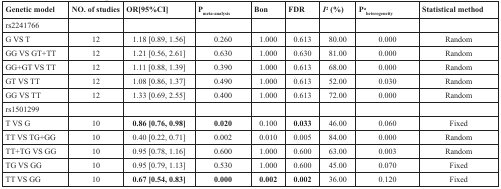
| Genetic model | NO. of studies | OR[95%CI] | Pmeta-analysis | Bon | FDR | I2 (%) | Paheterogeneity | Statistical method |
 | --- | --- | --- | --- | --- | --- | --- | --- | --- |
 | rs2241766 |  |  |  |  |  |  |  |  |
 | G VS T | 12 | 1.18 [0.89, 1.56] | 0.260 | 1.000 | 0.613 | 80.00 | 0.000 | Random |
 | GG VS GT+TT | 12 | 1.21 [0.56, 2.61] | 0.630 | 1.000 | 0.630 | 81.00 | 0.000 | Random |
 | GG+GT VS TT | 12 | 1.11 [0.88, 1.39] | 0.390 | 1.000 | 0.613 | 68.00 | 0.000 | Random |
 | GT VS TT | 12 | 1.08 [0.86, 1.37] | 0.490 | 1.000 | 0.613 | 52.00 | 0.030 | Random |
 | GG VS TT | 12 | 1.33 [0.69, 2.55] | 0.400 | 1.000 | 0.613 | 72.00 | 0.000 | Random |
 | rs1501299 |  |  |  |  |  |  |  |  |
 | T VS G | 10 | 0.86 [0.76, 0.98] | 0.020 | 0.100 | 0.033 | 46.00 | 0.060 | Fixed |
 | TT VS TG+GG | 10 | 0.40 [0.22, 0.71] | 0.002 | 0.010 | 0.005 | 84.00 | 0.000 | Random |
 | TT+TG VS GG | 10 | 0.95 [0.78, 1.16] | 0.600 | 1.000 | 0.600 | 63.00 | 0.003 | Random |
 | TG VS GG | 10 | 0.95 [0.79, 1.13] | 0.530 | 1.000 | 0.600 | 45.00 | 0.070 | Fixed |
 | TT VS GG | 10 | 0.67 [0.54, 0.83] | 0.000 | 0.002 | 0.002 | 36.00 | 0.120 | Fixed |